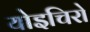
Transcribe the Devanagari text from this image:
योइचिरो